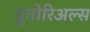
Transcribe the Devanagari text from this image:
तुतोरिअल्स